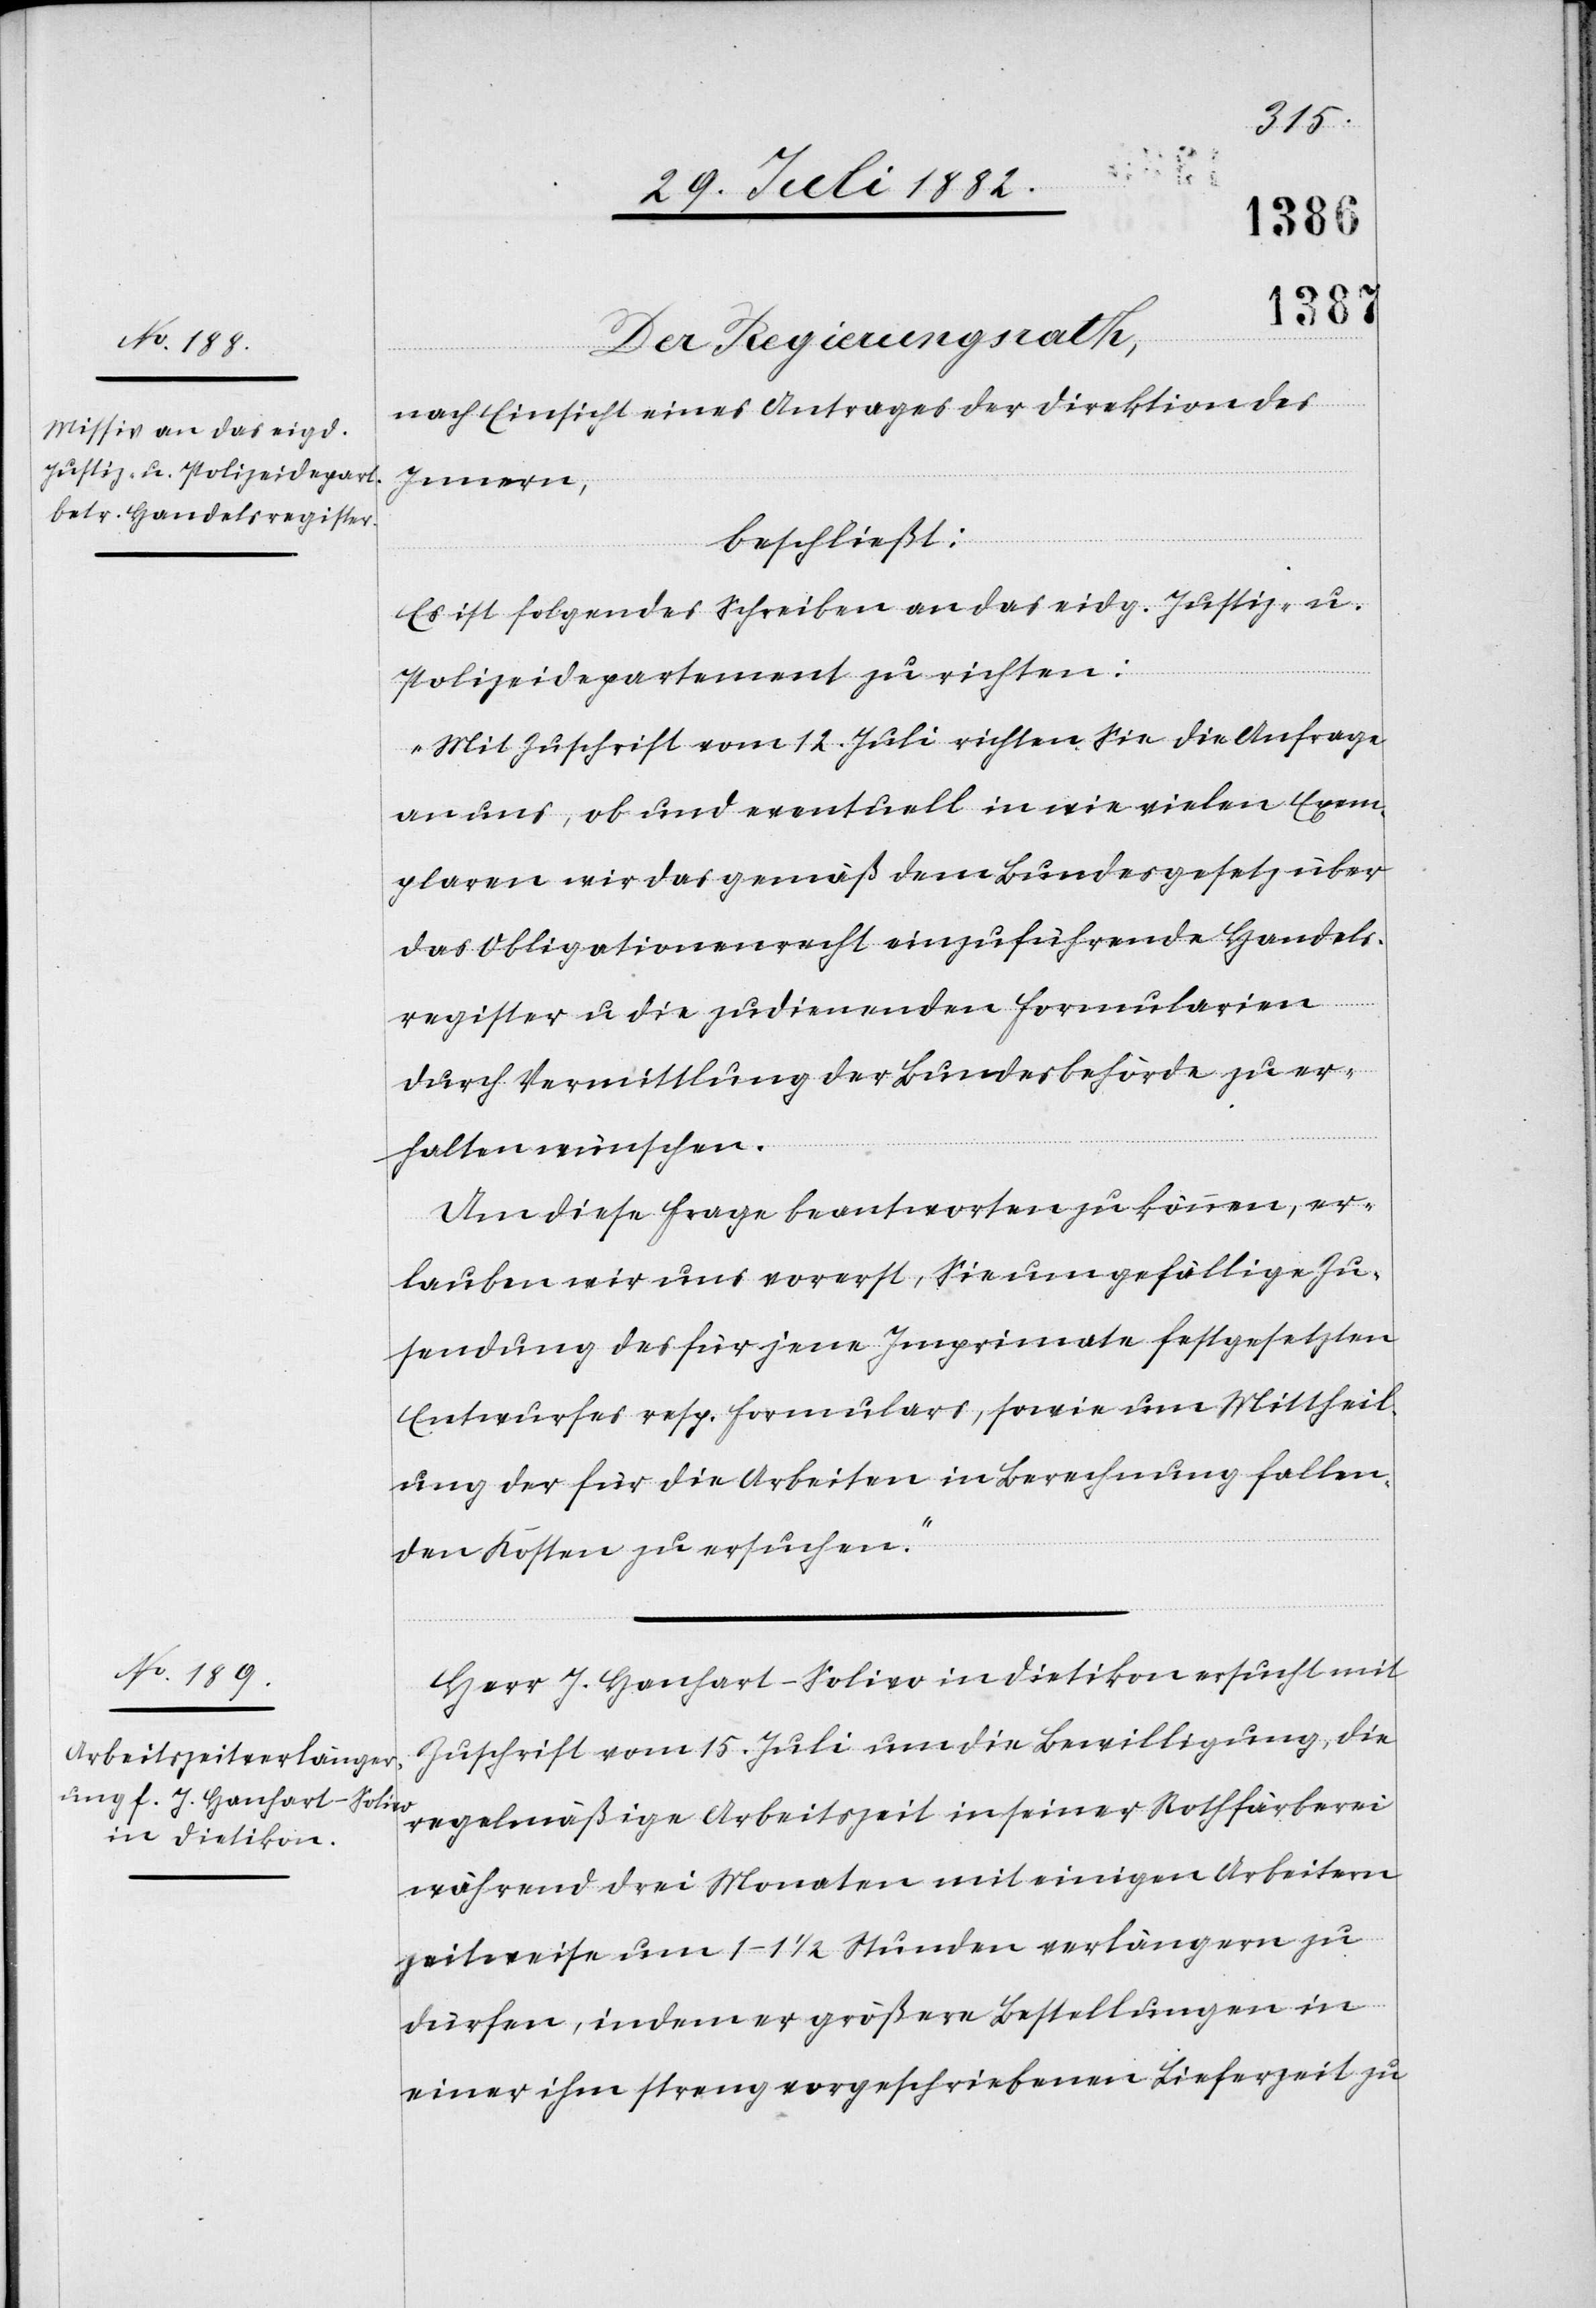
Der Regierungsrath,
nach Einsicht eines Antrages der Direktion des
Innern,
beschließt:
Es ist folgendes Schreiben an das eidg. Justiz- u.
Polizeidepartement zu richten:
„Mit Zuschrift vom 12. Juli richten Sie die Anfrage
an uns, ob und eventuell in wie vielen Exem¬
plaren wir das gemäß dem Bundesgesetz über
das Obligationenrecht einzuführende Handels¬
register u. die zudienenden Formularien
durch Vermittlung der Bundesbehörde zu er¬
halten wünschen.
Um diese Frage beantworten zu können, er¬
lauben wir uns vorerst, Sie um gefällige Zu¬
sendung des für jene Imprimate festgesetzten
Entwurfes resp. Formulars, sowie um Mittheil¬
ung der für die Arbeiten in Berechnung fallen¬
den Kosten zu ersuchen.“
Herr J. Hanhart-Soliro in Dietikon ersucht mit
Zuschrift vom 15. Juli um die Bewilligung, die
regelmäßige Arbeitszeit in seiner Rothfärberei
während drei Monaten mit einigen Arbeitern
zeitweise um 1–1 1/2 Stunden verlängern zu
dürfen, indem er größere Bestellungen in
einer ihm streng vorgeschriebenen Lieferzeit zu